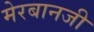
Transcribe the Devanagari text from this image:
मेरबानजी